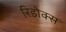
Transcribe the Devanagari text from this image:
रिडोक्स